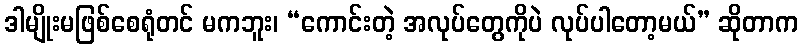
ဒါမျိုးမဖြစ်စေရုံတင် မကဘူး၊ “ကောင်းတဲ့ အလုပ်တွေကိုပဲ လုပ်ပါတော့မယ်” ဆိုတာက